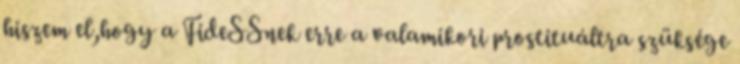
hiszem el,hogy a FideSSnek erre a valamikori prostituáltra szüksége